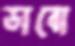
ডাবো